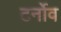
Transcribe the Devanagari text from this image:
टर्नोव